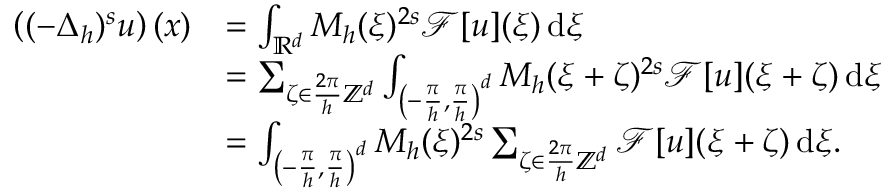
\begin{array} { r l } { \left( ( - \Delta _ { h } ) ^ { s } u \right) ( x ) } & { = \int _ { \mathbb { R } ^ { d } } M _ { h } ( \xi ) ^ { 2 s } \mathcal { F } [ u ] ( \xi ) \, \mathrm { d } \xi } \\ & { = \sum _ { \zeta \in \frac { 2 \pi } { h } \mathbb { Z } ^ { d } } \int _ { \left( - \frac { \pi } { h } , \frac { \pi } { h } \right) ^ { d } } M _ { h } ( \xi + \zeta ) ^ { 2 s } \mathcal { F } [ u ] ( \xi + \zeta ) \, \mathrm { d } \xi } \\ & { = \int _ { \left( - \frac { \pi } { h } , \frac { \pi } { h } \right) ^ { d } } M _ { h } ( \xi ) ^ { 2 s } \sum _ { \zeta \in \frac { 2 \pi } { h } \mathbb { Z } ^ { d } } \mathcal { F } [ u ] ( \xi + \zeta ) \, \mathrm { d } \xi . } \end{array}